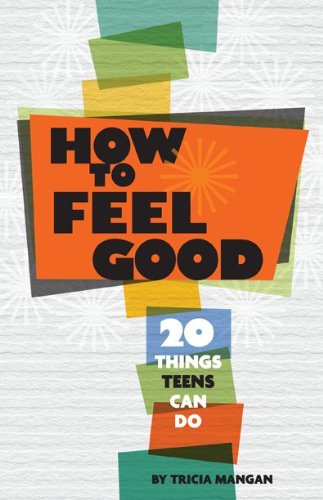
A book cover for How to Feel Good: 20 Things Teens Can Do; Tricia Mangan; Teen & Young Adult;